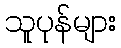
သူပုန်များ